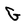
Character: G